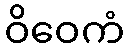
ဝိဝေကံ